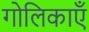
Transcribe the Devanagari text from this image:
गोलिकाएँ